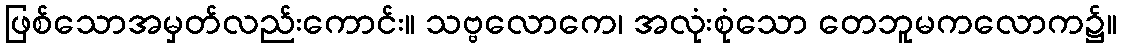
ဖြစ်သောအမှတ်လည်းကောင်း။ သဗ္ဗလောကေ၊ အလုံးစုံသော တေဘူမကလောက၌။